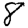
Digit: 8